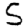
Digit: 5